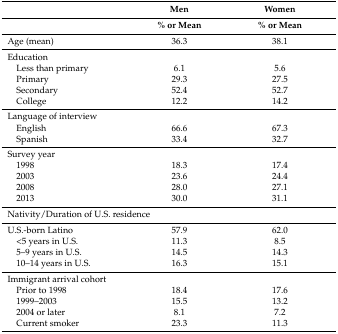
<table><thead><tr><td></td><td><b>Men</b></td><td><b>Women</b></td></tr><tr><td></td><td><b>% or Mean</b></td><td><b>% or Mean</b></td></tr></thead><tbody><tr><td>Age (mean)</td><td>36.3</td><td>38.1</td></tr><tr><td>Education</td><td></td><td></td></tr><tr><td> Less than primary</td><td>6.1</td><td>5.6</td></tr><tr><td> Primary</td><td>29.3</td><td>27.5</td></tr><tr><td> Secondary</td><td>52.4</td><td>52.7</td></tr><tr><td> College</td><td>12.2</td><td>14.2</td></tr><tr><td>Language of interview</td><td></td><td></td></tr><tr><td> English</td><td>66.6</td><td>67.3</td></tr><tr><td> Spanish</td><td>33.4</td><td>32.7</td></tr><tr><td>Survey year</td><td></td><td></td></tr><tr><td> 1998</td><td>18.3</td><td>17.4</td></tr><tr><td> 2003</td><td>23.6</td><td>24.4</td></tr><tr><td> 2008</td><td>28.0</td><td>27.1</td></tr><tr><td> 2013</td><td>30.0</td><td>31.1</td></tr><tr><td colspan="2">Nativity/Duration of U.S. residence</td><td></td></tr><tr><td>U.S.-born Latino</td><td>57.9</td><td>62.0</td></tr><tr><td> &lt;5 years in U.S.</td><td>11.3</td><td>8.5</td></tr><tr><td> 5–9 years in U.S.</td><td>14.5</td><td>14.3</td></tr><tr><td> 10–14 years in U.S.</td><td>16.3</td><td>15.1</td></tr><tr><td colspan="2">Immigrant arrival cohort</td><td></td></tr><tr><td> Prior to 1998</td><td>18.4</td><td>17.6</td></tr><tr><td> 1999–2003</td><td>15.5</td><td>13.2</td></tr><tr><td> 2004 or later</td><td>8.1</td><td>7.2</td></tr><tr><td> Current smoker</td><td>23.3</td><td>11.3</td></tr></tbody></table>